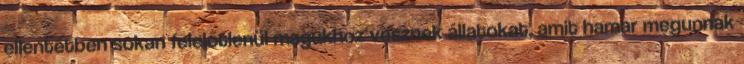
ellentétben sokan felelőtlenül magukhoz vesznek állatokat, amit hamar megunnak